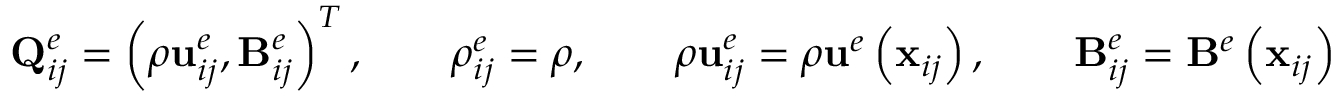
\mathbf { Q } _ { i j } ^ { e } = \left( \rho \mathbf { { u } } _ { i j } ^ { e } , \mathbf { B } _ { i j } ^ { e } \right) ^ { T } , \qquad \rho _ { i j } ^ { e } = \rho , \qquad \rho \mathbf { { u } } _ { i j } ^ { e } = \rho \mathbf { u } ^ { e } \left( \mathbf { x } _ { i j } \right) , \qquad \mathbf { B } _ { i j } ^ { e } = \mathbf { B } ^ { e } \left( \mathbf { x } _ { i j } \right)